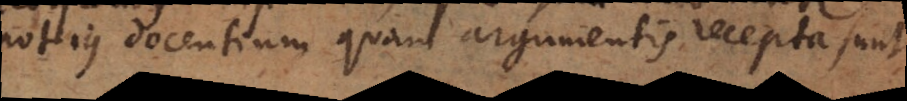
potius docentium quam argumentis recepta sunt